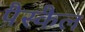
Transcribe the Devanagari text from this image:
पैस्कैल